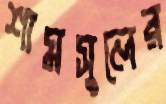
শামসুলের